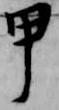
甲